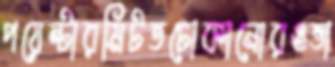
পয়েন্টারমিটতঢোকানোরওভা